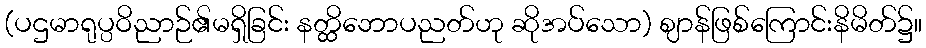
(ပဌမာရုပ္ပဝိညာဉ်၏မရှိခြင်း နတ္ထိဘောပညတ်ဟု ဆိုအပ်သော) ဈာန်ဖြစ်ကြောင်းနိမိတ်၌။